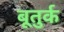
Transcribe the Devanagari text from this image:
बूतुर्क